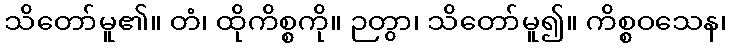
သိတော်မူ၏။ တံ၊ ထိုကိစ္စကို။ ဉတွာ၊ သိတော်မူ၍။ ကိစ္စဝသေန၊